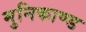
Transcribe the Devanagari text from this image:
मुनिकाण्ड